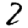
Digit: 2